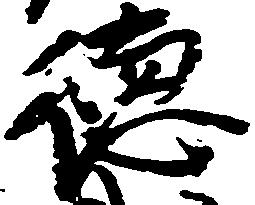
徳